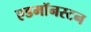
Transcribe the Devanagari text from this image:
एडमॉनस्टन